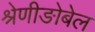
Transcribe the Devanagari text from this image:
श्रेणीङोबेल